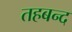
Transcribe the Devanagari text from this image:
तहबन्द